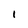
Character: 1